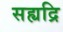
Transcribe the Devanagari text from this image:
सह्यद्रि